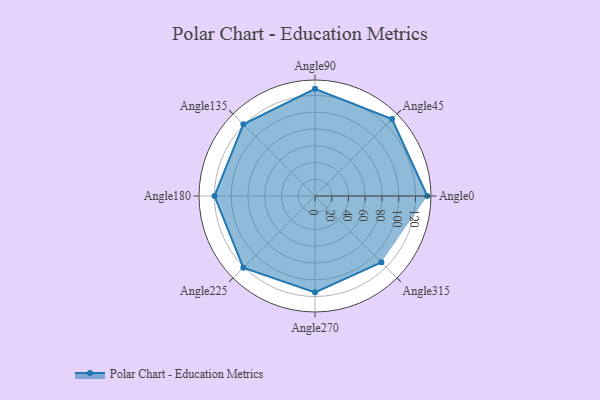
{"axis": {"x": "Angle", "y": "Radius"}, "legend": [""], "data": [{"x": "Angle0", "y": 134.0, "type": ""}, {"x": "Angle45", "y": 130.0, "type": ""}, {"x": "Angle90", "y": 128.0, "type": ""}, {"x": "Angle135", "y": 121.0, "type": ""}, {"x": "Angle180", "y": 120.0, "type": ""}, {"x": "Angle225", "y": 121.0, "type": ""}, {"x": "Angle270", "y": 115.0, "type": ""}, {"x": "Angle315", "y": 112.0, "type": ""}]}